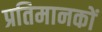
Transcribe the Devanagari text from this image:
प्रतिमानकों